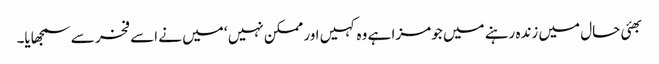
بھئی حال میں زندہ رہنے میں جو مزا ہے وہ کہیں اور ممکن نہیں ‘ میں نے اسے فخر سے سمجھایا۔